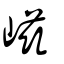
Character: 嵫